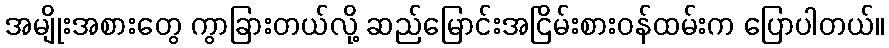
အမျိုးအစားတွေ ကွာခြားတယ်လို့ ဆည်မြောင်းအငြိမ်းစားဝန်ထမ်းက ပြောပါတယ်။